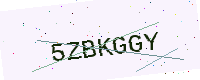
Text: 5ZBKGGY